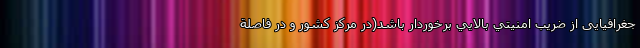
جغرافیایی از ضريب امنيتي بالايي برخوردار باشد(در مركز كشور و در فاصلة